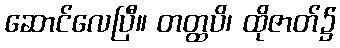
ဆောင်လေပြီ။ တတ္ထပိ၊ ထိုဇာတ်၌